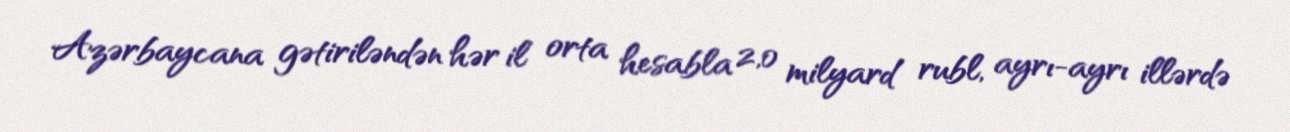
Azərbaycana gətiriləndən hər il orta hesabla 2,0 milyard rubl, ayrı-ayrı illərdə